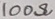
Text: 100Ω